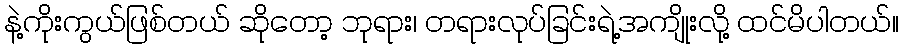
နဲ့ကိုးကွယ်ဖြစ်တယ် ဆိုတော့ ဘုရား၊ တရားလုပ်ခြင်းရဲ့အကျိုးလို့ ထင်မိပါတယ်။